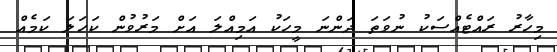
މިހާރު ރައްޓެއްސަކު ނުވަތަ ދަންނަ މީހަކު އަމިއްލަ އަށް މަރުވުން ކަހަލަ ކަމެއް